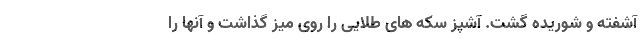
آشفته و شوریده گشت. آشپز سکه های طلایی را روی میز گذاشت و آنها را